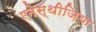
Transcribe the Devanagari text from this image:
एनेस्थीज़िया